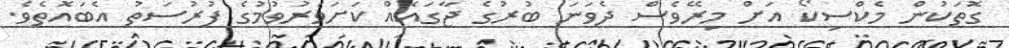
ގޮތަކުން މެކްސިކޯ އަށް މިރޭވެސް ދެވަނަ ބުރުގެ ޖާގައެއް ކަށަވަރުވުމުގެ ފުރުސަތު އެބައޮތެވެ.